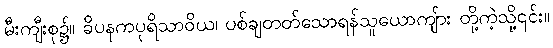
မီးကျီးစု၌။ ခိပနကပုရိသာဝိယ၊ ပစ်ချတတ်သောရန်သူယောကျ်ား တို့ကဲ့သို့၎င်း။